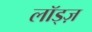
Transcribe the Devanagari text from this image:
लॉड्ज़